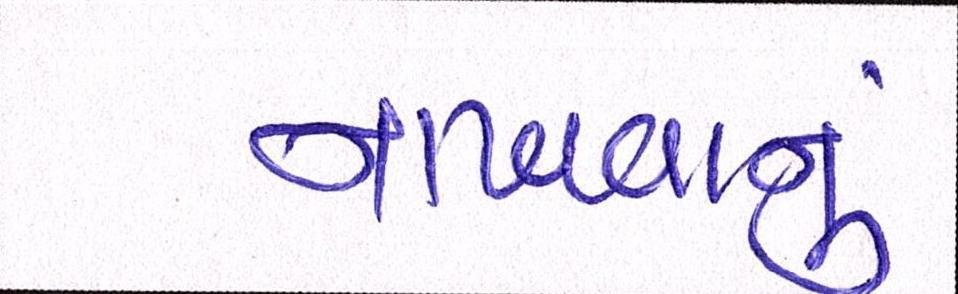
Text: નાખવાનું